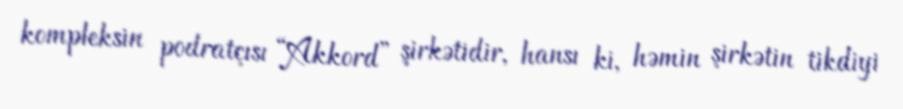
kompleksin podratçısı “Akkord” şirkətidir, hansı ki, həmin şirkətin tikdiyi